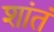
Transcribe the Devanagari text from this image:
शांतं